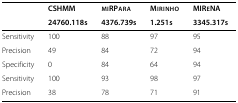
<table><thead><tr><td></td><td><b>CSHMM</b></td><td><b>MIRPARA</b></td><td><b>MIRINHO</b></td><td><b>MIRENA</b></td><td></td></tr><tr><td></td><td><b>24760.118s</b></td><td><b>4376.739s</b></td><td><b>1.251s</b></td><td><b>3345.317s</b></td><td></td></tr></thead><tbody><tr><td>Sensitivity</td><td>100</td><td>88</td><td>97</td><td>95</td><td></td></tr><tr><td>Precision</td><td>49</td><td>84</td><td>72</td><td>94</td><td></td></tr><tr><td>Specificity</td><td>0</td><td>84</td><td>64</td><td>94</td><td></td></tr><tr><td>Sensitivity</td><td>100</td><td>93</td><td>98</td><td>97</td><td></td></tr><tr><td>Precision</td><td>38</td><td>78</td><td>71</td><td>91</td><td></td></tr></tbody></table>